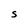
Character: S